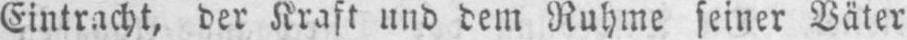
Eintracht, der Kraft und dem Ruhme seiner Väter